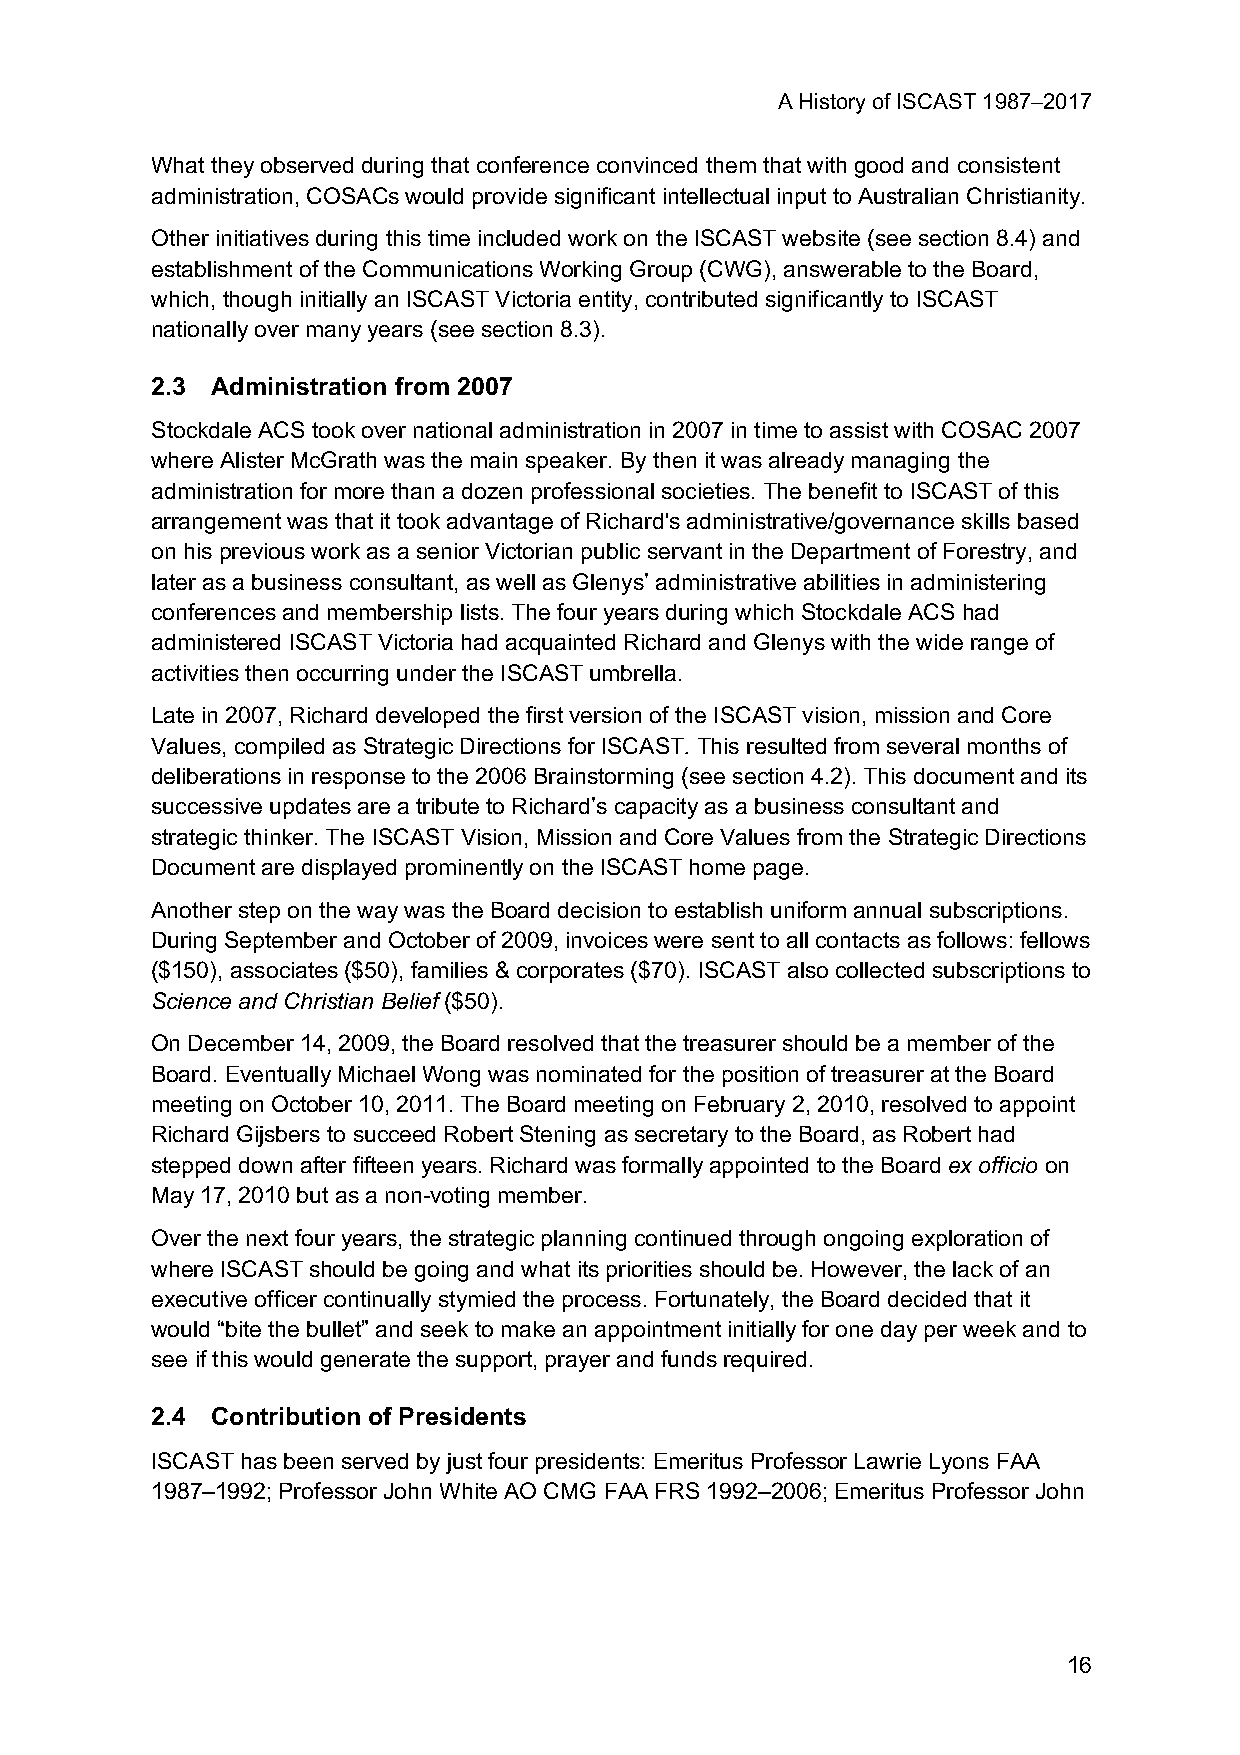
A History of ISCAST 1987–2017
 What they observed during that conference convinced them that with good and consistent
 administration, COSACs would provide significant intellectual input to Australian Christianity.
 Other initiatives during this time included work on the ISCAST website (see section 8.4) and
 establishment of the Communications Working Group (CWG), answerable to the Board,
 which, though initially an ISCAST Victoria entity, contributed significantly to ISCAST
 nationally over many years (see section 8.3).
 2.3 Administration from 2007
 Stockdale ACS took over national administration in 2007 in time to assist with COSAC 2007
 where Alister McGrath was the main speaker. By then it was already managing the
 administration for more than a dozen professional societies. The benefit to ISCAST of this
 arrangement was that it took advantage of Richard's administrative/governance skills based
 on his previous work as a senior Victorian public servant in the Department of Forestry, and
 later as a business consultant, as well as Glenys’ administrative abilities in administering
 conferences and membership lists. The four years during which Stockdale ACS had
 administered ISCAST Victoria had acquainted Richard and Glenys with the wide range of
 activities then occurring under the ISCAST umbrella.
 Late in 2007, Richard developed the first version of the ISCAST vision, mission and Core
 Values, compiled as Strategic Directions for ISCAST. This resulted from several months of
 deliberations in response to the 2006 Brainstorming (see section 4.2). This document and its
 successive updates are a tribute to Richard’s capacity as a business consultant and
 strategic thinker. The ISCAST Vision, Mission and Core Values from the Strategic Directions
 Document are displayed prominently on the ISCAST home page.
 Another step on the way was the Board decision to establish uniform annual subscriptions.
 During September and October of 2009, invoices were sent to all contacts as follows: fellows
 ($150), associates ($50), families & corporates ($70). ISCAST also collected subscriptions to
 Science and Christian Belief ($50).
 On December 14, 2009, the Board resolved that the treasurer should be a member of the
 Board. Eventually Michael Wong was nominated for the position of treasurer at the Board
 meeting on October 10, 2011. The Board meeting on February 2, 2010, resolved to appoint
 Richard Gijsbers to succeed Robert Stening as secretary to the Board, as Robert had
 stepped down after fifteen years. Richard was formally appointed to the Board ex officio on
 May 17, 2010 but as a non-voting member.
 Over the next four years, the strategic planning continued through ongoing exploration of
 where ISCAST should be going and what its priorities should be. However, the lack of an
 executive officer continually stymied the process. Fortunately, the Board decided that it
 would “bite the bullet” and seek to make an appointment initially for one day per week and to
 see if this would generate the support, prayer and funds required.
 2.4 Contribution of Presidents
 ISCAST has been served by just four presidents: Emeritus Professor Lawrie Lyons FAA
 1987–1992; Professor John White AO CMG FAA FRS 1992–2006; Emeritus Professor John
 16